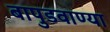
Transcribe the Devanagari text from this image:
बापुडवाण्या